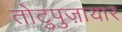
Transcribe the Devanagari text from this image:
तोटुपुज़ायार